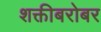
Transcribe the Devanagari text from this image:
शक्तीबरोबर